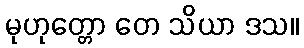
မုဟုတ္တော တေ သိယာ ဒသ။